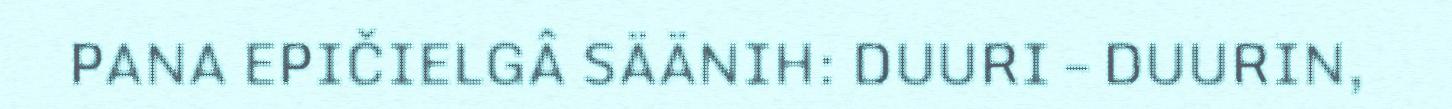
PANA EPIČIELGÂ SÄÄNIH: DUURI – DUURIN,